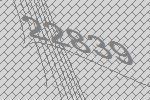
22839